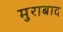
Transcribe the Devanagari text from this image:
मुराबाद